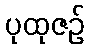
ပုထုဇဉ်